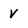
Character: V